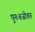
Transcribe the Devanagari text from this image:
पुनःरूजीवन